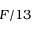
F / 1 3